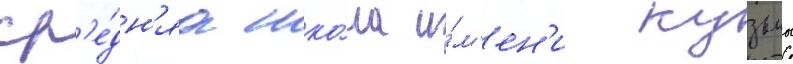
ср'е́дн'яа шко́ла и́м'ен'и кузьмы